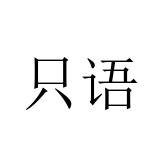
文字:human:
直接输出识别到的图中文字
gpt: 只语